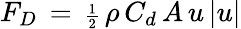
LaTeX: F_{D}\, =\, {\scriptstyle{\frac{1}{2}}}\, \rho\, C_{d}\, A\, u\, |u|